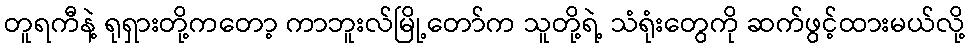
တူရကီနဲ့ ရုရှားတို့ကတော့ ကာဘူးလ်မြို့တော်က သူတို့ရဲ့ သံရုံးတွေကို ဆက်ဖွင့်ထားမယ်လို့